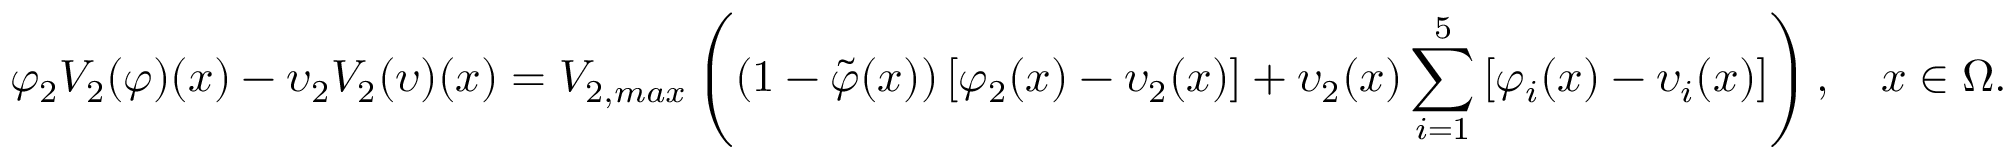
\varphi _ { 2 } V _ { 2 } ( \varphi ) ( x ) - \upsilon _ { 2 } V _ { 2 } ( \upsilon ) ( x ) = V _ { 2 , m a x } \left( \left( 1 - \tilde { \varphi } ( x ) \right) \left[ \varphi _ { 2 } ( x ) - \upsilon _ { 2 } ( x ) \right] + \upsilon _ { 2 } ( x ) \sum _ { i = 1 } ^ { 5 } \left[ \varphi _ { i } ( x ) - \upsilon _ { i } ( x ) \right] \right) , \quad x \in \Omega .